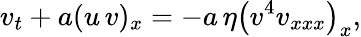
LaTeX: v_{t}+a(u\, v)_{x}=-a\, \eta\left(v^{4}v_{xxx}\right)_{x},